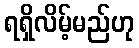
ရရှိလိမ့်မည်ဟု